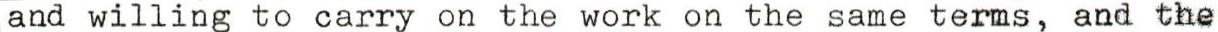
and willing to carry on the work on the same terms, and the